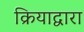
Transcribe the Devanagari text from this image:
क्रियाद्वारा